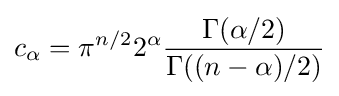
c_{\alpha }=\pi ^{n/2}2^{\alpha }{\frac {\Gamma (\alpha /2)}{\Gamma ((n-\alpha )/2)}}